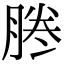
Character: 𠗲